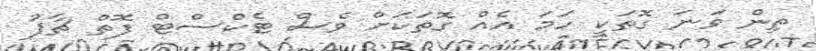
ތިން ވަނަ ގޮތަކީ ހަމަ އެއް ގޮތަކަށް ވެސް ޓެކްސްޓް ފޮތް ޗާޕު